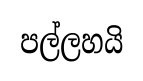
පල්ලහයි